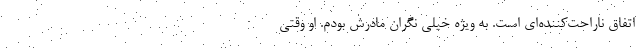
اتفاق ناراحت‌کننده‌ای است. به ویژه خیلی نگران مادرش بودم. او وقتی